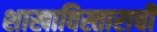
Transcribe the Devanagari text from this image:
शाखाविस्ताराची